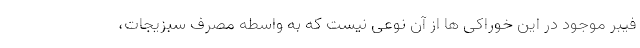
فیبر موجود در این خوراکی ها از آن نوعی نیست که به واسطه مصرف سبزیجات،